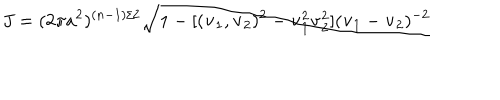
LaTeX: J = ( 2 \pi a ^ { 2 } ) ^ { ( n - 1 ) / 2 } \sqrt { 1 - [ ( { \bf v } _ { 1 } , { \bf v } _ { 2 } ) ^ { 2 } - { \bf v } _ { 1 } ^ { 2 } { \bf v } _ { 2 } ^ { 2 } ] ( { \bf v } _ { 1 } - { \bf v } _ { 2 } ) ^ { - 2 } }